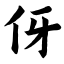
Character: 伢